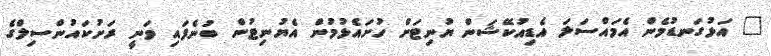
" އަޅުގަނޑުމެން އެމައްސަލަ އެޑިއުކޭޝަން ޔުނިޓަށް ހުށައެޅުމުން އެޔުނިޓުން ބުނެފައި ވަނީ ރަށުކައުންސިލްގެ